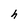
Character: h